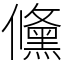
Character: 儵